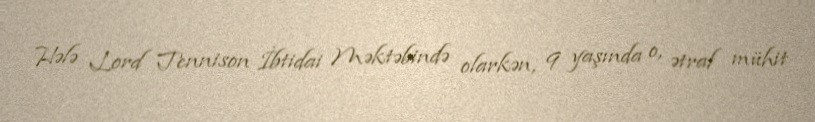
Hələ Lord Tennison İbtidai Məktəbində olarkən, 9 yaşında o, ətraf mühit